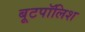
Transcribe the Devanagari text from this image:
बूटपॉलिश